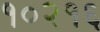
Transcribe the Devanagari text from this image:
१०२१६